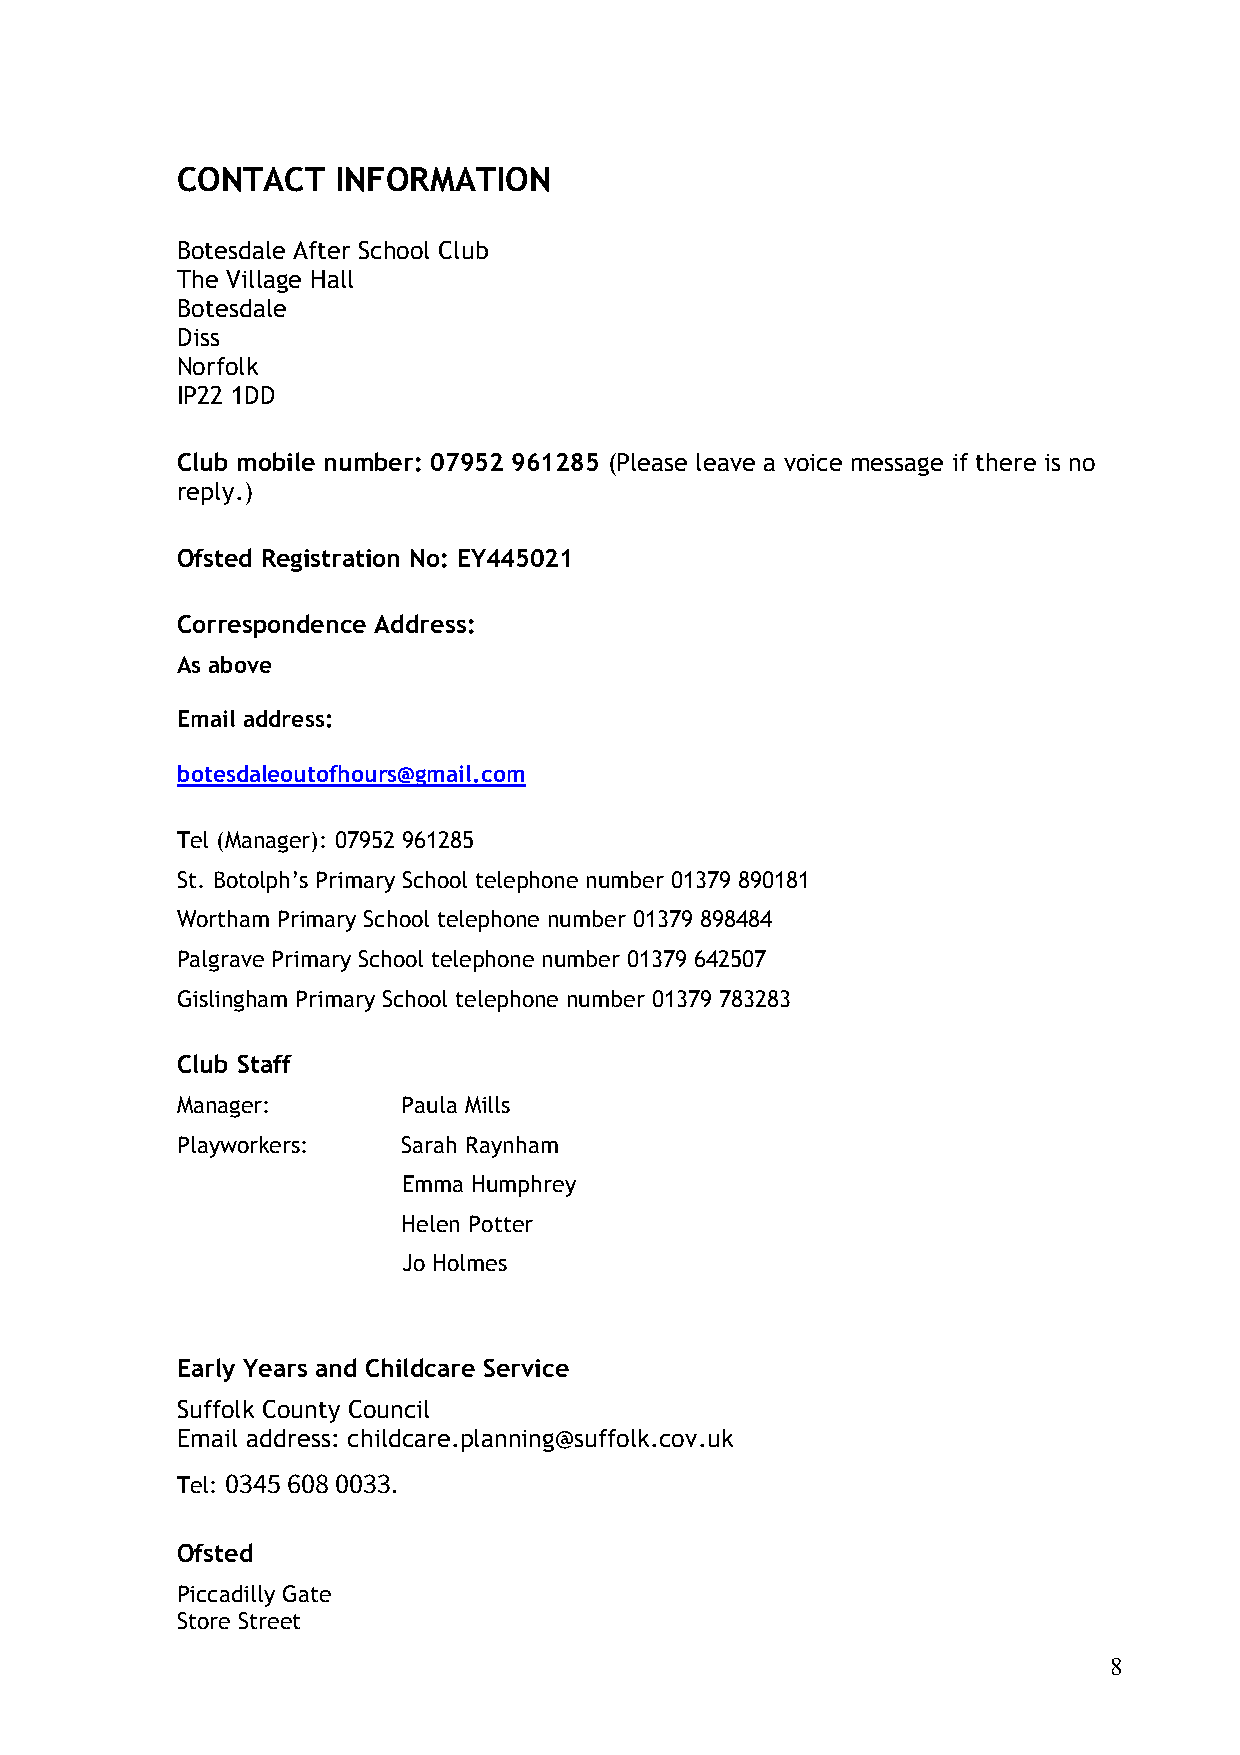
CONTACT   INFORMATION
 Botesdale After School Club
 The Village Hall
 Botesdale
 Diss
 Norfolk
 IP22 1DD
 Club mobile number: 07952 961285 (Please leave a voice message if there is no
 reply.)
 Ofsted Registration No: EY445021
 Correspondence Address:
 As above
 Email address:
 botesdaleoutofhours@gmail.com
 Tel (Manager): 07952 961285
 St. Botolph’s Primary School telephone number 01379 890181
 Wortham Primary School telephone number 01379 898484
 Palgrave Primary School telephone number 01379 642507
 Gislingham Primary School telephone number 01379 783283
 Club Staff
 Manager:       Paula Mills
 Playworkers:   Sarah Raynham
 Emma Humphrey
 Helen Potter
 Jo Holmes
 Early Years and Childcare Service
 Suffolk County Council
 Email address: childcare.planning@suffolk.cov.uk
 0345 608 0033.
 Tel:
 Ofsted
 Piccadilly Gate
 Store Street
 8